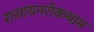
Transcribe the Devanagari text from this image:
रासायनरोकथाम